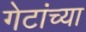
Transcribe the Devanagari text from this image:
गेटांच्या